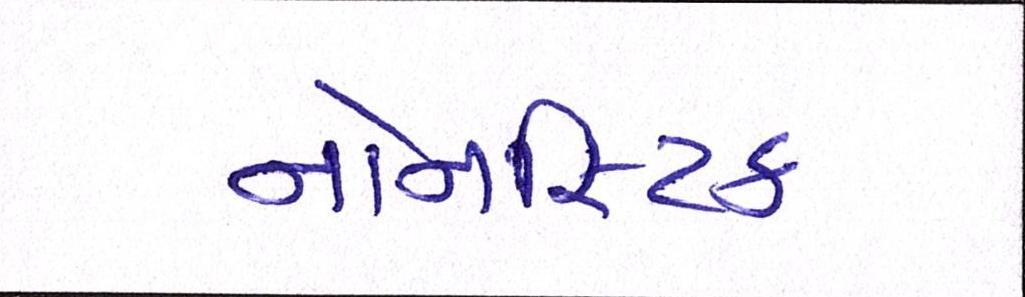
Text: નોનસ્ટિક